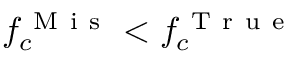
f _ { c } ^ { \mathrm { ~ M ~ i ~ s ~ } } < f _ { c } ^ { \mathrm { ~ T ~ r ~ u ~ e ~ } }